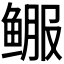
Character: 𬶚